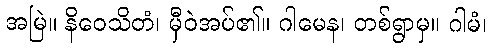
အမြဲ။ နိဝေသိတံ၊ မှီဝဲအပ်၏။ ဂါမေန၊ တစ်ရွာမှ။ ဂါမံ၊